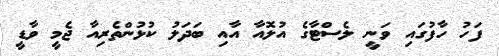
ފަހު ހާފުގައި ވަނީ ލެސްޓާގެ އުލޮއާ އާއި ބަދަލު ކުޅުންތެރިއާ ޖެމީ ވާޑީ